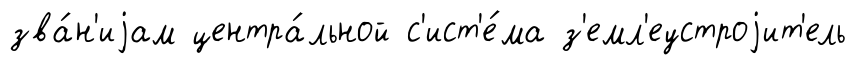
зва́н'иjам центра́льной с'ист'е́ма з'емл'еустроjит'ель